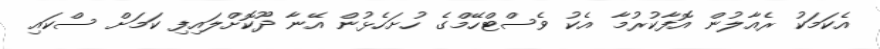
އެކަމަކު ރެއާލުން އޮފާކުރުމާ އެކު ވެސްޓްހޭމްގެ ހުށަހެޅުން އޭނާ ދޫކޮށްލައިފި ކަމަށް ސްކައި